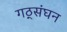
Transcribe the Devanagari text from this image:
गठ्संघन